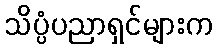
သိပ္ပံပညာရှင်များက